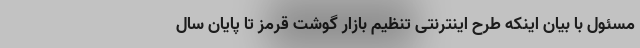
مسئول با بیان اینکه طرح اینترنتی تنظیم بازار گوشت قرمز تا پایان سال